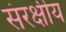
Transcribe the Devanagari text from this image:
संरक्षीय